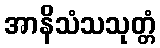
အာနိသံသသုတ္တံ